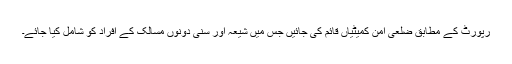
رپورٹ کے مطابق ضلعی امن کمیٹیاں قائم کی جائیں جس میں شیعہ اور سنی دونوں مسالک کے افراد کو شامل کیا جائے۔